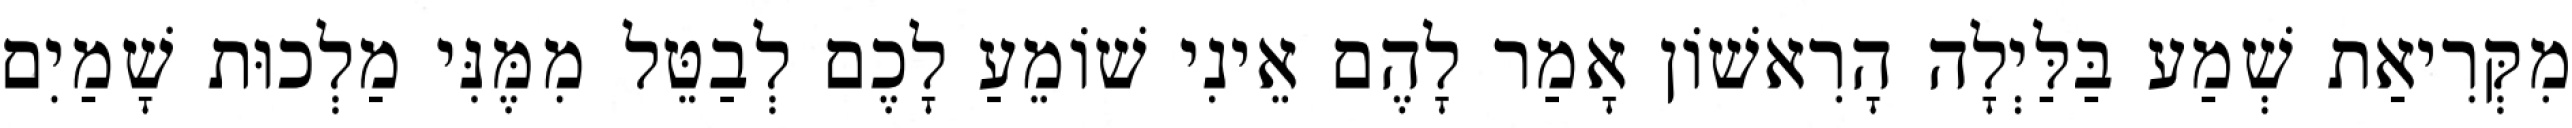
מִקְּרִיאַת שְׁמַע בַּלַּיְלָה הָרִאשׁוֹן אָמַר לָהֶם אֵינִי שׁוֹמֵעַ לָכֶם לְבַטֵּל מִמֶּנִּי מַלְכוּת שָׁמַיִם